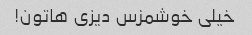
خیلی خوشمزس دیزی هاتون!